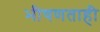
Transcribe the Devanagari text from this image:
भीषणताही